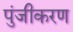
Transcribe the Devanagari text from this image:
पुंजीकरण